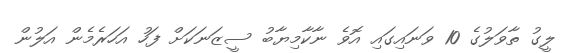
ލީގު ތާވަލުގެ 10 ވަނައިގައި އޮވެ ނާކާމިޔާބު ސީޒަނަކަށް ފަހު އަހަރެމެން އަލުން